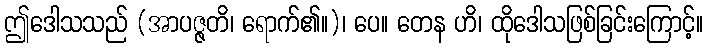
ဤဒေါသသည် (အာပဇ္ဇတိ၊ ရောက်၏။)၊ ပေ။ တေန ဟိ၊ ထိုဒေါသဖြစ်ခြင်းကြောင့်။